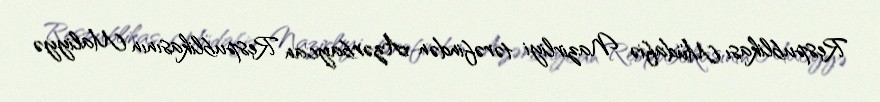
Respublikası Müdafiə Nazirliyi tərəfindən Azərbaycan Respublikasının Maliyyə